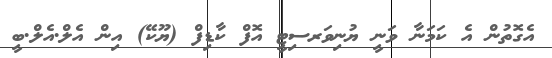
އެގޮތުން އެ ކަމަނާ ވަނީ ޔުނިވަރސިޓީ އޮފް ކާޑިފް (ޔޫކޭ) އިން އެލް.އެލް.ބީ